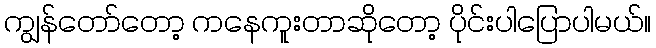
ကျွန်တော်တော့ ကနေကူးတာဆိုတော့ ပိုင်းပါပြောပါမယ်။